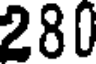
280